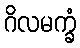
ဂိလမက္ခံ